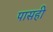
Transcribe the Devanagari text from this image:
पासही